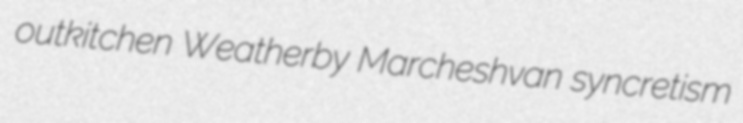
outkitchen Weatherby Marcheshvan syncretism